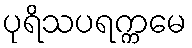
ပုရိသပရက္ကမေ